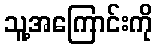
သူ့အကြောင်းကို